Lunatic asylums Punjab 1881-1894 - 1881-1894
Year: 1881
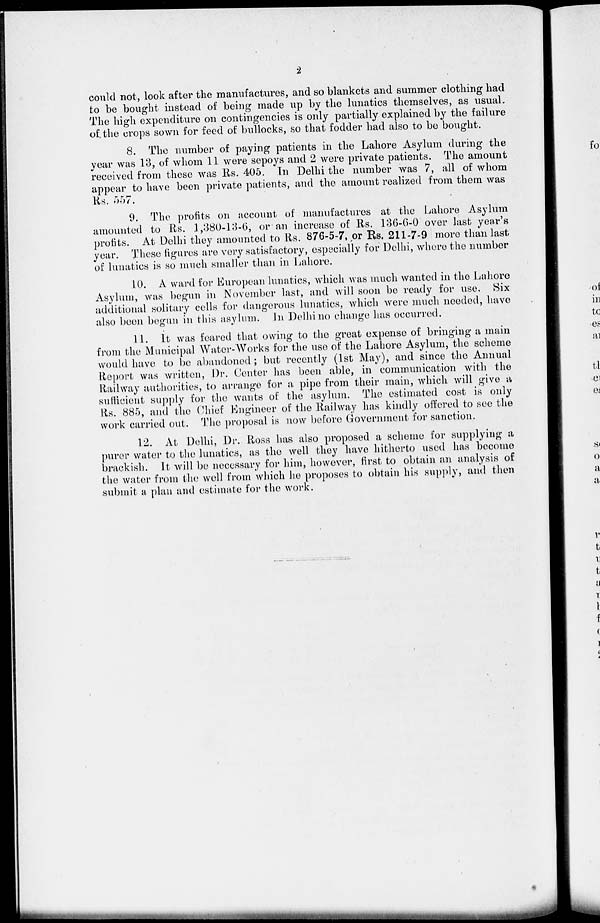
2
could not, look after the manufactures, and so blankets and summer clothing had
to be bought instead of being made up by the lunatics themselves, as usual.
The high expenditure on contingencies is only partially explained by the failure
of the crops sown for feed of bullocks, so that fodder had also to be bought.
8. The number of paying patients in the Lahore Asylum during the
year was 13, of whom 11 were sepoys and 2 were private patients. The amount
received from these was Rs. 405. In Delhi the number was 7, all of whom
appear to have been private patients, and the amount realized from them was
Rs. 557.
9. The profits on account of manufactures at the Lahore Asylum
amounted to Rs. 1,380-13-6, or an increase of Rs. 136-6-0 over last year's
profits. At Delhi they amounted to Rs. 876-5-7, or Rs. 211-7-9 more than last
year. These figures are very satisfactory, especially for Delhi, where the number
of lunatics is so much smaller than in Lahore.
10. A ward for European lunatics, which was much wanted in the Lahore
Asylum, was begun in November last, and will soon be ready for use. Six
additional solitary cells for dangerous lunatics, which were much needed, have
also been begun in this asylum. In Delhi no change has occurred.
11. It was feared that owing to the great expense of bringing a main
from the Municipal Water-Works for the use of the Lahore Asylum, the scheme
would have to be abandoned; but recently (1st May), and since the Annual
Report was written, Dr. Center has been able, in communication with the
Railway authorities, to arrange for a pipe from their main, which will give a
sufficient supply for the wants of the asylum. The estimated cost is only
Rs. 885, and the Chief Engineer of the Railway has kindly offered to see the
work carried out. The proposal is now before Government for sanction.
12. At Delhi, Dr. Ross has also proposed a scheme for supplying a
purer water to the lunatics, as the well they have hitherto used has become
brackish. It will be necessary for him, however, first to obtain an analysis of
the water from the well from which he proposes to obtain his supply, and then
submit a plan and estimate for the work.